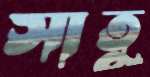
সাতু